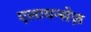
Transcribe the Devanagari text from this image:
एलायन्सेज़